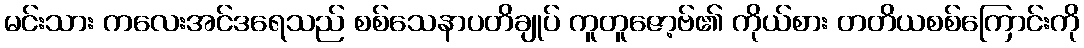
မင်းသား ကလေးအင်ဒရေသည် စစ်သေနာပတိချုပ် ကူတူဇော့ဗ်၏ ကိုယ်စား တတိယစစ်ကြောင်းကို